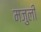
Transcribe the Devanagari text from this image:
मजुली